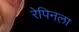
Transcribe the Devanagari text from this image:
रेपिनला